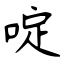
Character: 啶